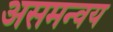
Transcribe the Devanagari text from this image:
असमन्वय